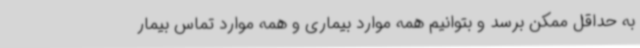
به حداقل ممکن برسد و بتوانیم همه موارد بیماری و همه موارد تماس بیمار